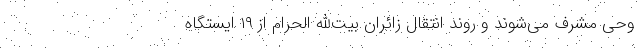
وحی مشرف می‌شوند و روند انتقال زائران بیت‌الله الحرام از ۱۹ ایستگاه